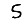
Digit: 5